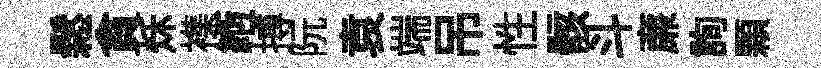
鬆貪秌襍縆搏阮袁端吊性骸斗亷詢顆